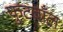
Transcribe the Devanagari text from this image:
फुटबाँल